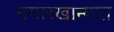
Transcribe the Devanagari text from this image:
नगारखान्यात